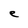
Character: e